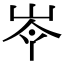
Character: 𡷉